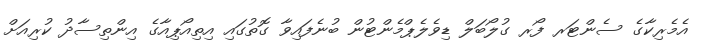
އެމެރިކާގެ ސެންޓަރ ފޯރ ގުލޯބަލް ޑިވެލެޕްމެންޓުން ބުނެފައިވާ ގޮތުގައި އިތިއޯޕިއާގެ އިންތިސާދު ކުރިއަށް